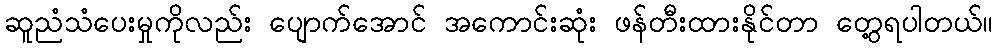
ဆူညံသံပေးမှုကိုလည်း ပျောက်အောင် အကောင်းဆုံး ဖန်တီးထားနိုင်တာ တွေ့ရပါတယ်။